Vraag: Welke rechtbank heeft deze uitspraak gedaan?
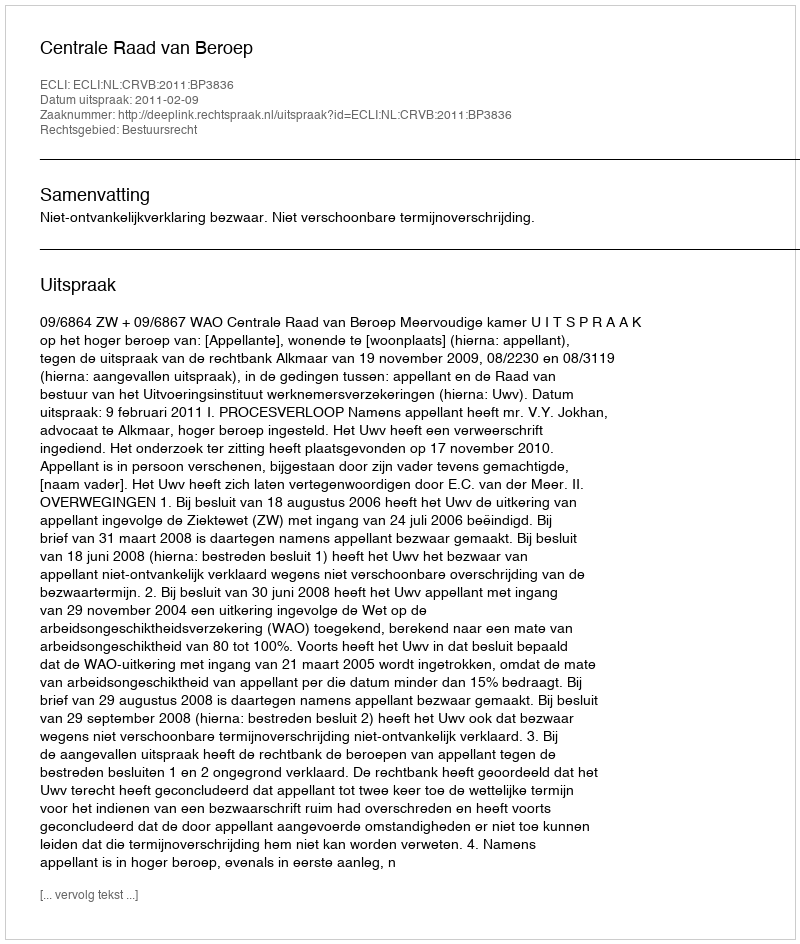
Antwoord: Centrale Raad van Beroep